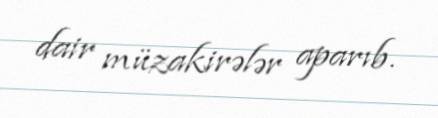
dair müzakirələr aparıb.